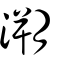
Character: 溯